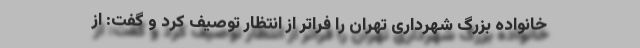
خانواده بزرگ شهرداری تهران را فراتر از انتظار توصیف کرد و گفت: از